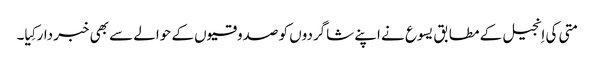
‏ متی کی اِنجیل کے مطابق یسوع نے اپنے شاگردوں کو صدوقیوں کے حوالے سے بھی خبردار کِیا۔